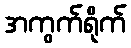
အကွက်ရိုက်